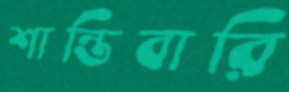
শান্তিবারি